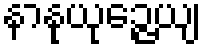
နာနုယုဉ္ဇေယျ